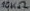
Text: 10KΩ